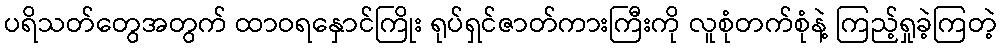
ပရိသတ်တွေအတွက် ထာဝရနှောင်ကြိုး ရုပ်ရှင်ဇာတ်ကားကြီးကို လူစုံတက်စုံနဲ့ ကြည့်ရှုခဲ့ကြတဲ့